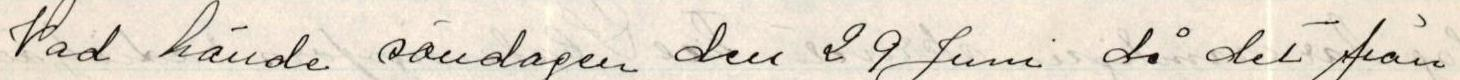
Vad hände söndagen den 29 Juni då det från